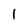
Character: 1